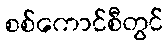
စစ်ကောင်စီတွင်